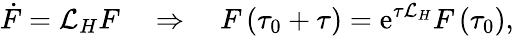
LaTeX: \dot{F}=\mathcal{L}_{H}F\quad\Rightarrow\quad F\left(\tau_{0}+\tau\right)=\mathrm{e}^{\tau\mathcal{L}_{H}}F\left(\tau_{0}\right),